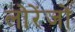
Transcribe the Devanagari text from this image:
लोरेंजों